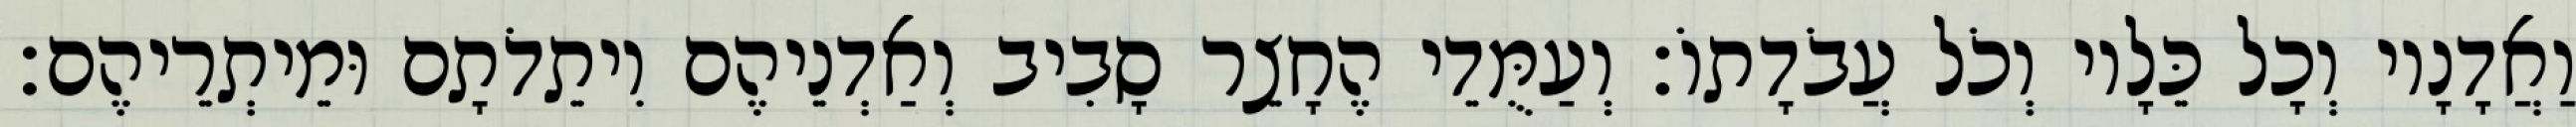
וַאֲדָנָיו וְכָל כֵּלָיו וְכֹל עֲבֹדָתוֹ׃ וְעַמֻּדֵי הֶחָצֵר סָבִיב וְאַדְנֵיהֶם וִיתֵדֹתָם וּמֵיתְרֵיהֶם׃